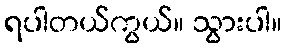
ရပါတယ်ကွယ်။ သွားပါ။